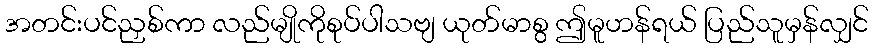
အတင်းပင်ညှစ်ကာ လည်မျိုကိုစုပ်ပါသဗျ ယုတ်မာစွ ဤမူဟန်ရယ် ပြည်သူမှန်လျှင်